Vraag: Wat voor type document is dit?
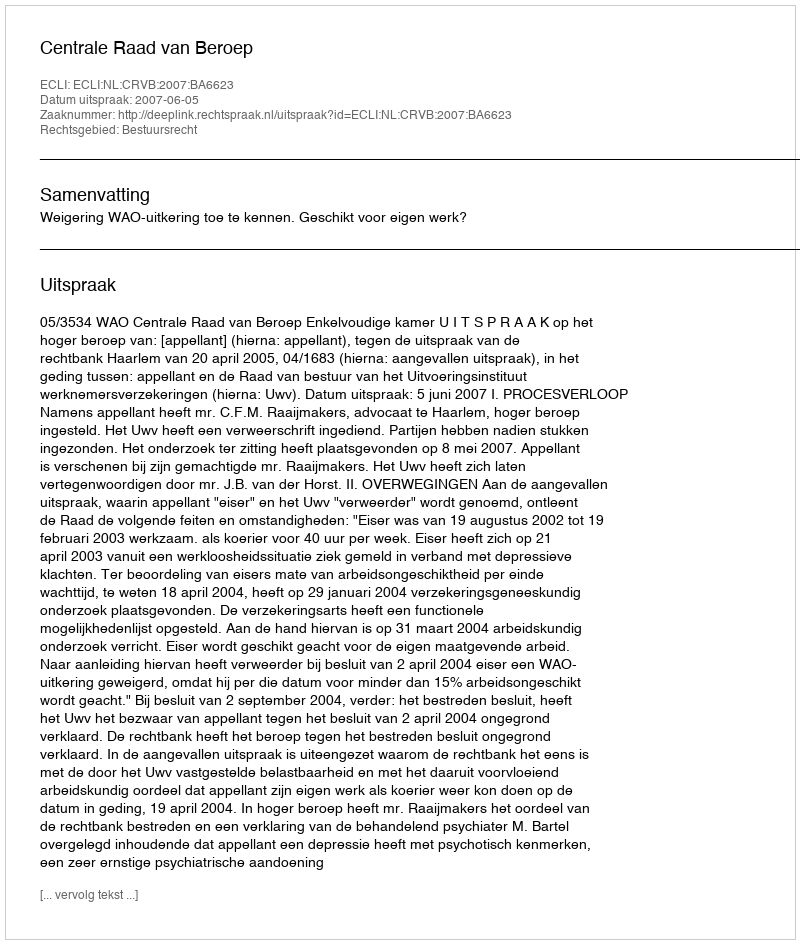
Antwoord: Uitspraak